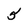
Character: 5